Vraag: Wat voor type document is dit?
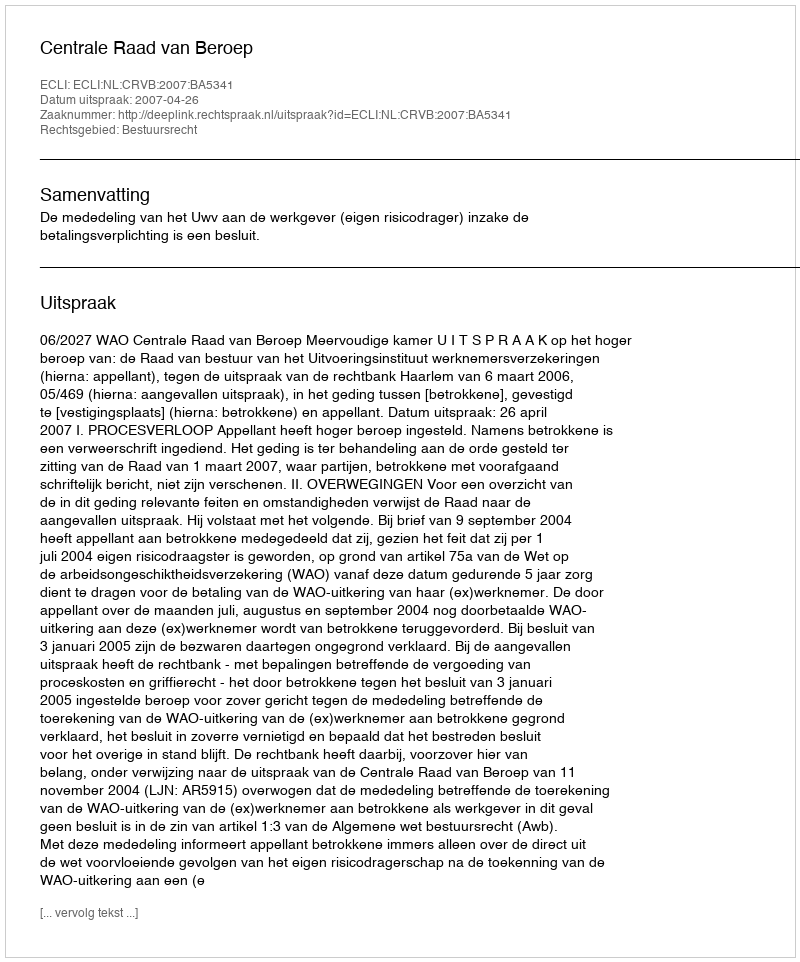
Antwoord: Uitspraak